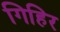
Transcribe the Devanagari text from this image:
गिहिर